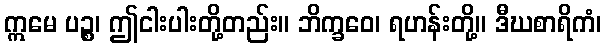
ဣမေ ပဉ္စ၊ ဤငါးပါးတို့တည်း။ ဘိက္ခဝေ၊ ရဟန်းတို့။ ဒီဃစာရိကံ၊